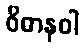
ဝိဓာနဝါ